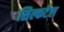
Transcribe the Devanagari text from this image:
सिल्कटेल